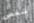
شخص